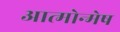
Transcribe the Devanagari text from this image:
आत्मोन्मेष